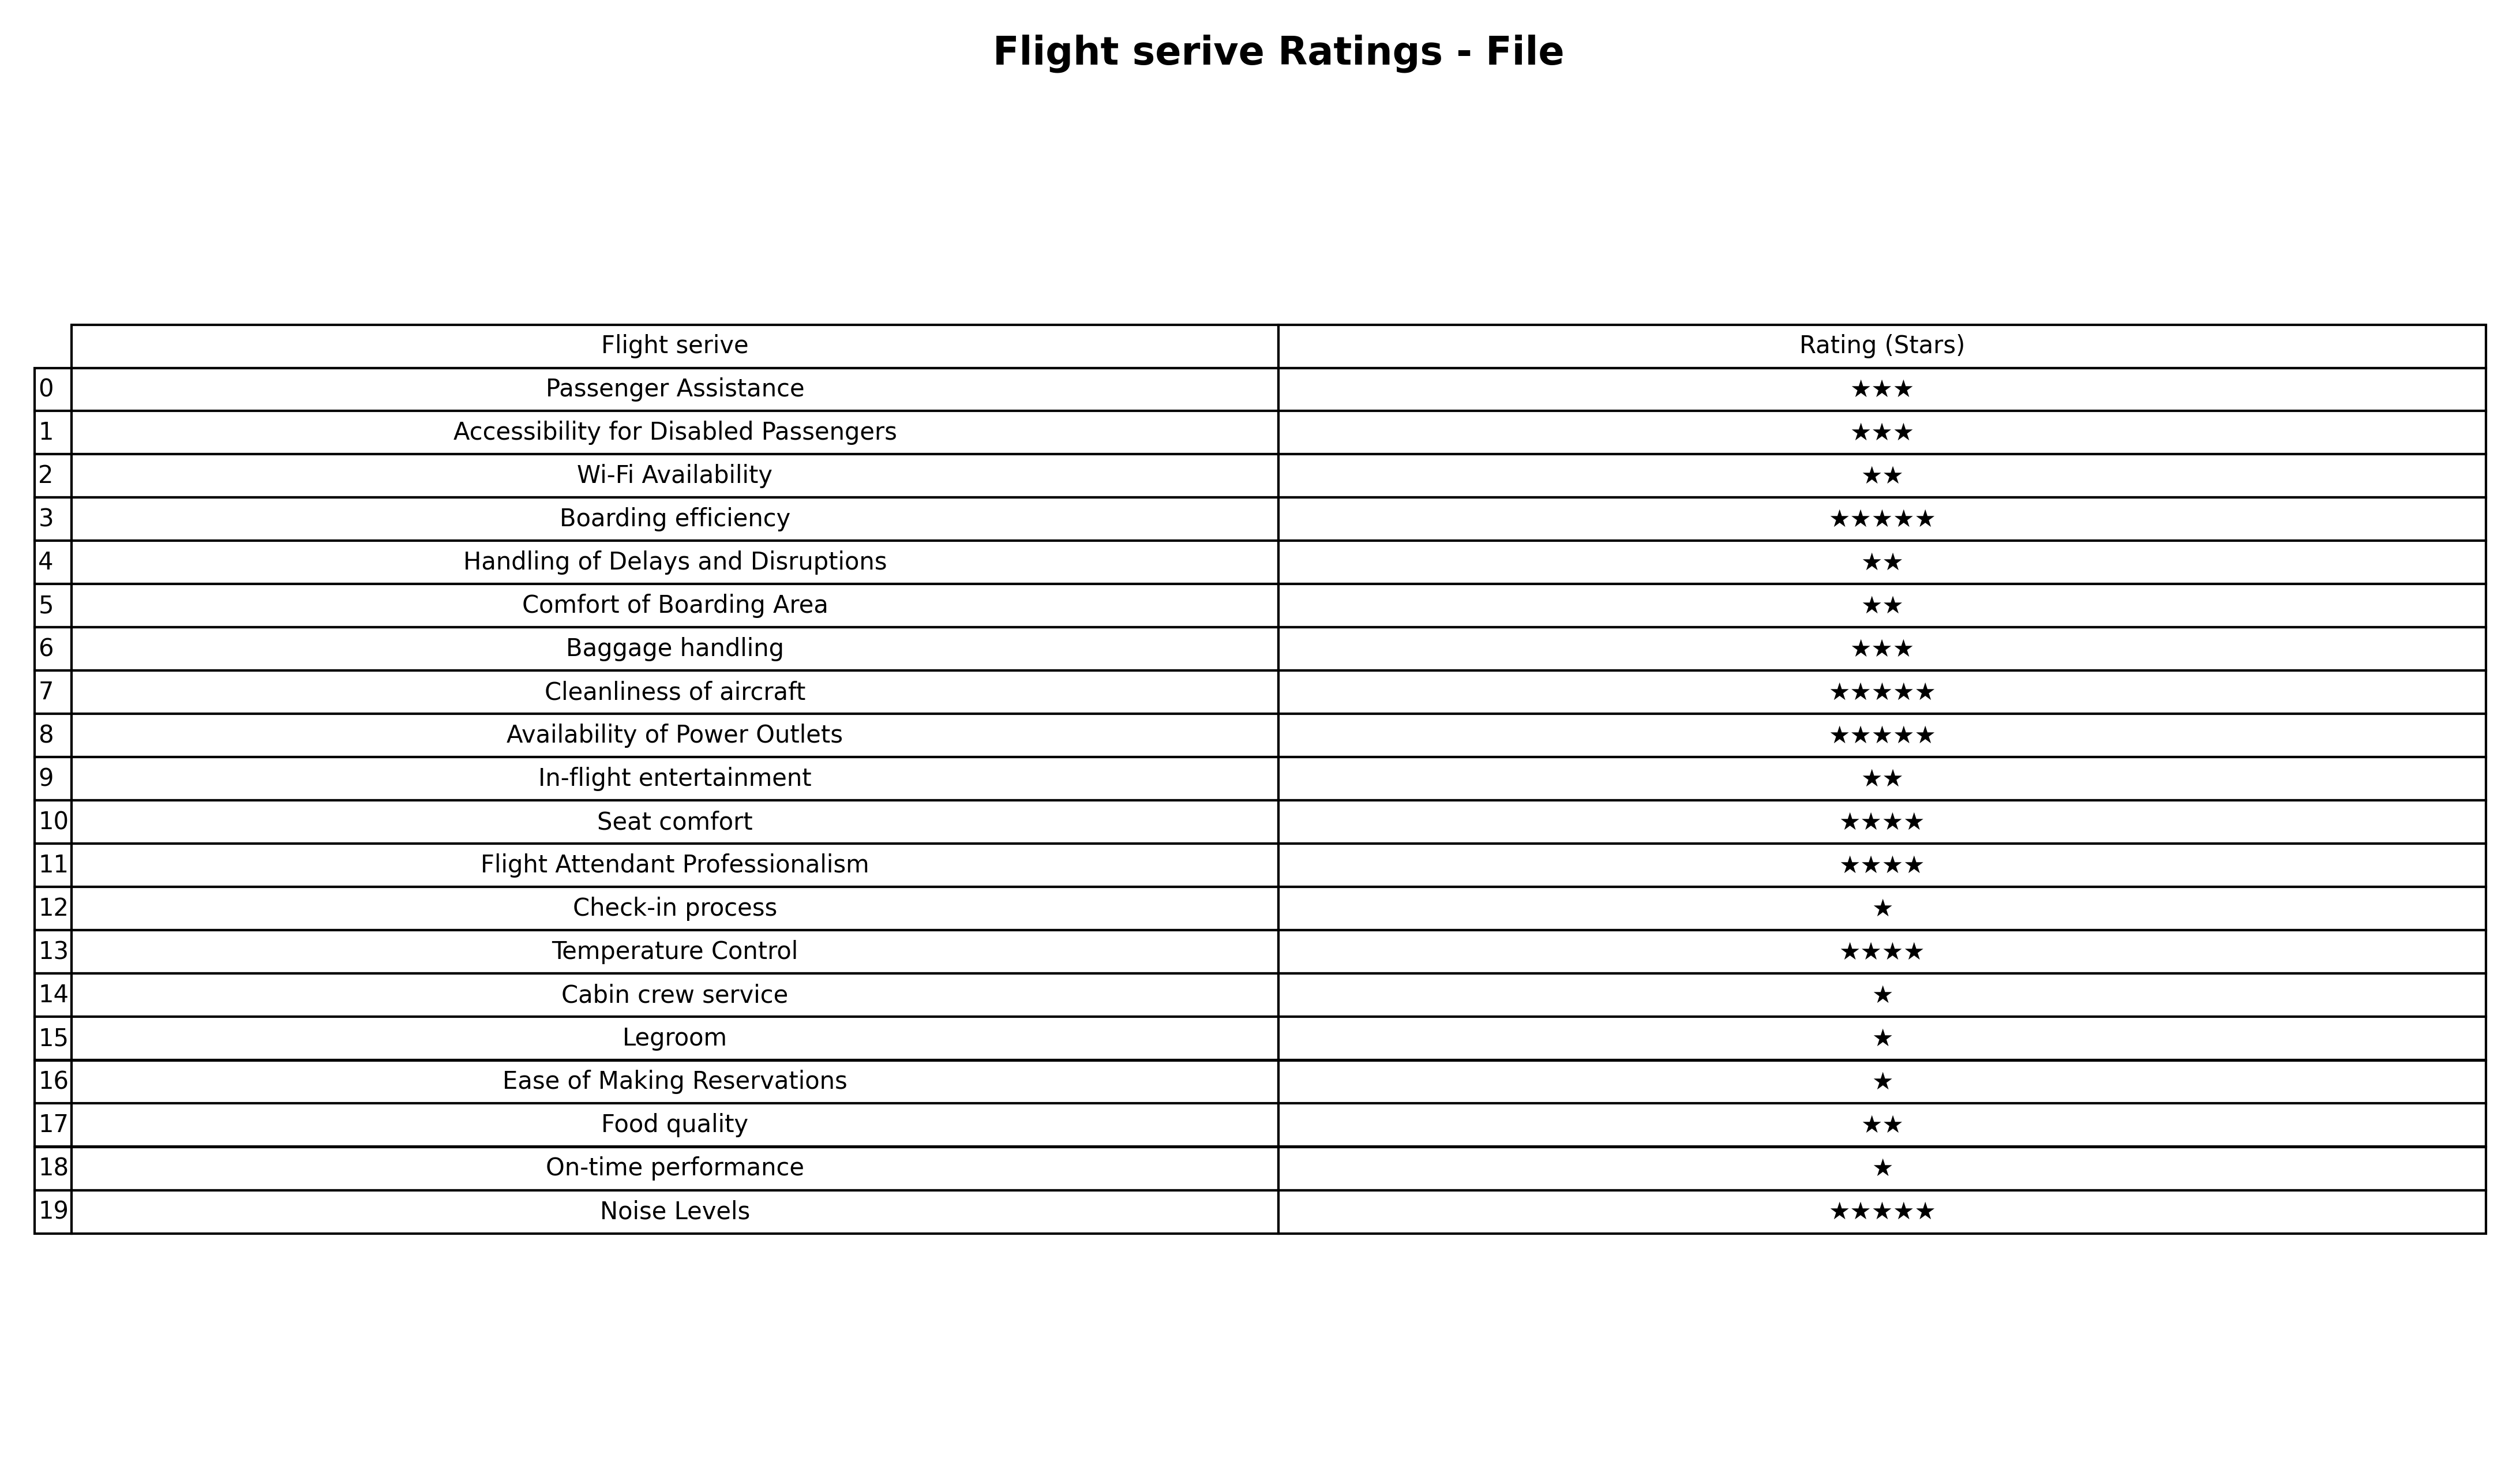
question: What is the rating of Cleanliness of aircraft?
answer: ★★★★★